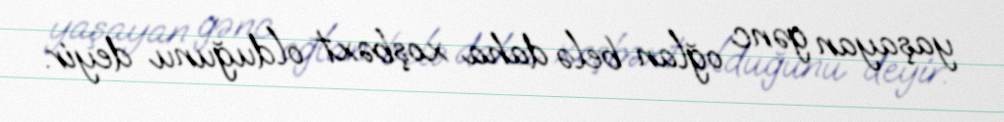
yaşayan gənc oğlan belə daha xoşbəxt olduğunu deyir.